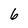
Character: 6